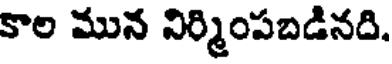
కాల మున నిర్మింపబడినది.